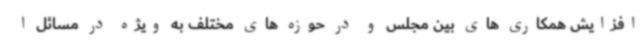
افزایش همکاری های بین مجلس و در حوزه های مختلف به ویژه در مسائل ا